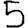
Digit: 5